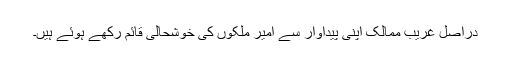
دراصل غریب ممالک اپنی پیداوار سے امیر ملکوں کی خوشحالی قائم رکھے ہوئے ہیں۔